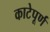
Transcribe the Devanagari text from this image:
काटेपूर्ण